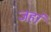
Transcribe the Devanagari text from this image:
जहा॑